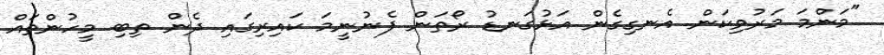
"މަންމަ މަރުވިކަން އެނގިގެން އަޅުގަނޑު ރޯތަން ފެނުނީމަ ކައިރިގައި ދެން ތިބި މީހުންތައް